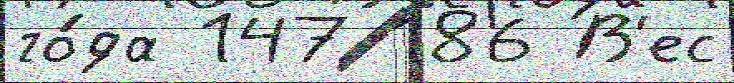
го́да 147 186 В'ес